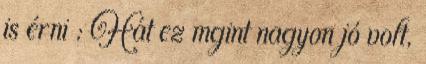
is érni : Hát ez mgint nagyon jó volt,